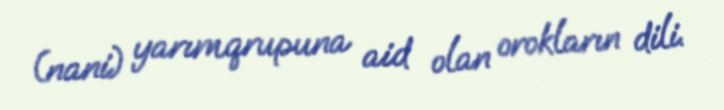
(nani) yarımqrupuna aid olan orokların dili.